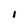
Character: I